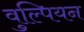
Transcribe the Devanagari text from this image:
वुल्पियन